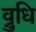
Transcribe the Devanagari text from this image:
व्रुधि